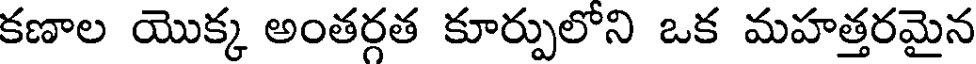
కణాల యొక్క అంతర్గత కూర్పులోని ఒక మహత్తరమైన